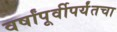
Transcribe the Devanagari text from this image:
वर्षांपूर्वीपर्यंतचा